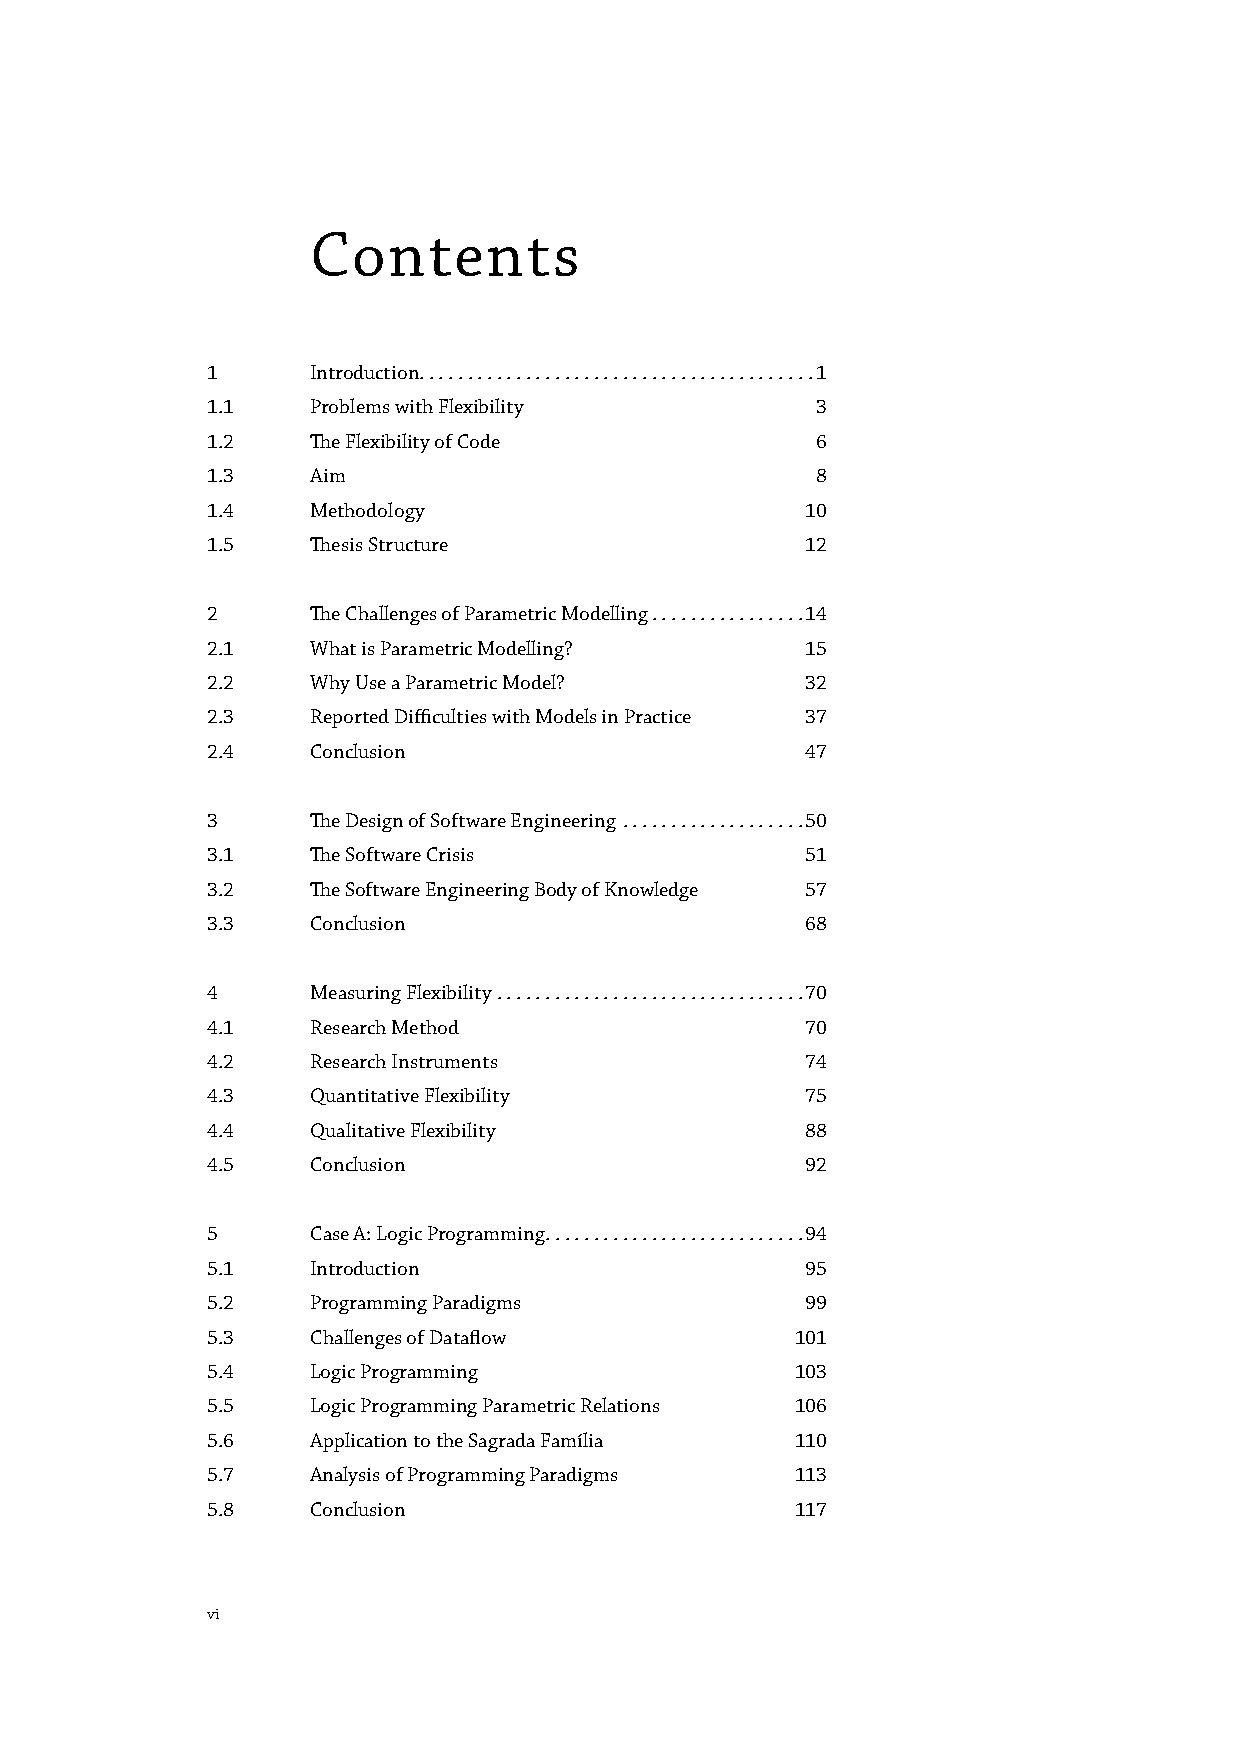
Contents
 1      Introduction .........................................1
 1.1    Problems with Flexibility        3
 1.2    The Flexibility of Code          6
 1.3    Aim                              8
 1.4    Methodology                     10
 1.5    Thesis Structure                12
 2      The Challenges of Parametric Modelling ................14
 2.1    What is Parametric Modelling?   15
 2.2    Why Use a Parametric Model?     32
 2.3    Reported Difficulties with Models in Practice 37
 2.4    Conclusion                      47
 3      The Design of Software Engineering ...................50
 3.1    The Software Crisis             51
 3.2    The Software Engineering Body of Knowledge 57
 3.3    Conclusion                      68
 4      Measuring Flexibility ................................70
 4.1    Research Method                 70
 4.2    Research Instruments            74
 4.3    Quantitative Flexibility        75
 4.4    Qualitative Flexibility         88
 4.5    Conclusion                      92
 5      Case A: Logic Programming ...........................94
 5.1    Introduction                    95
 5.2    Programming Paradigms           99
 5.3    Challenges of Dataflow          101
 5.4    Logic Programming               103
 5.5    Logic Programming Parametric Relations 106
 5.6    Application to the Sagrada Família 110
 5.7    Analysis of Programming Paradigms 113
 5.8    Conclusion                      117
 vi